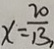
x = \frac { 2 0 } { 1 3 }